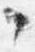
中